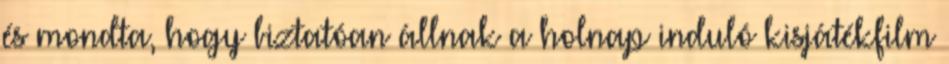
és mondta, hogy biztatóan állnak a holnap induló kisjátékfilm